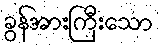
ခွန်အားကြီးသော